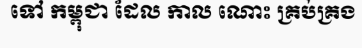
ទៅ កម្ពុជា ដែល កាល ណោះ គ្រប់គ្រង